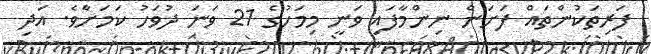
ފަރިތަކުންތައް ފަށަން ނިންމާފައި ވަނީ މިމަހުގެ 21 ވަނަ ދުވަހު ކަމަށާެވެ. އަދި